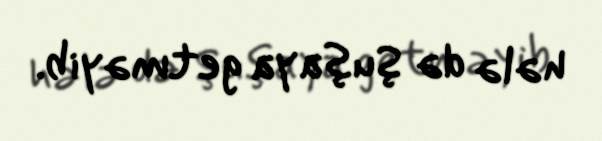
hələ də Şuşaya getməyib.